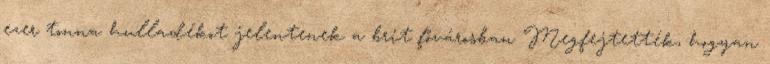
ezer tonna hulladékot jelentenek a brit fővárosban Megfejtették, hogyan